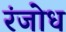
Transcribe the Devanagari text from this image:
रंजोध